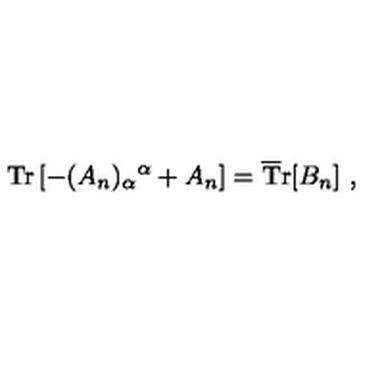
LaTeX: \mathrm { T r } \left[ - ( A _ { n } ) _ { \alpha } { } ^ { \alpha } + A _ { n } \right] = \mathrm { \overline { T } r } [ B _ { n } ] \ ,